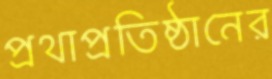
প্রথাপ্রতিষ্ঠানের